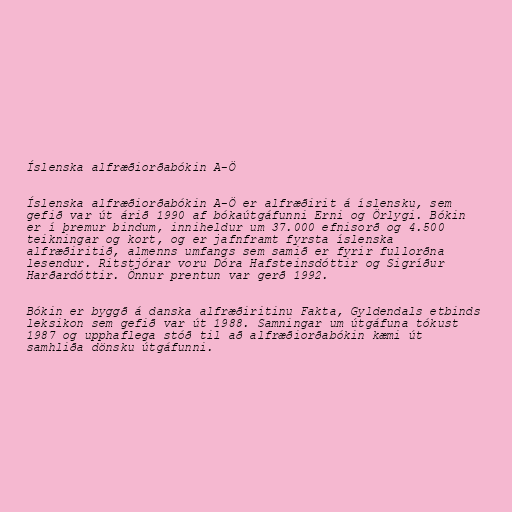
Íslenska alfræðiorðabókin A-Ö

Íslenska alfræðiorðabókin A-Ö er alfræðirit á íslensku, sem
gefið var út árið 1990 af bókaútgáfunni Erni og Örlygi. Bókin
er í þremur bindum, inniheldur um 37.000 efnisorð og 4.500
teikningar og kort, og er jafnframt fyrsta íslenska
alfræðiritið, almenns umfangs sem samið er fyrir fullorðna
lesendur. Ritstjórar voru Dóra Hafsteinsdóttir og Sigríður
Harðardóttir. Önnur prentun var gerð 1992.

Bókin er byggð á danska alfræðiritinu Fakta, Gyldendals etbinds
leksikon sem gefið var út 1988. Samningar um útgáfuna tókust
1987 og upphaflega stóð til að alfræðiorðabókin kæmi út
samhliða dönsku útgáfunni.